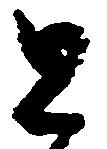
と